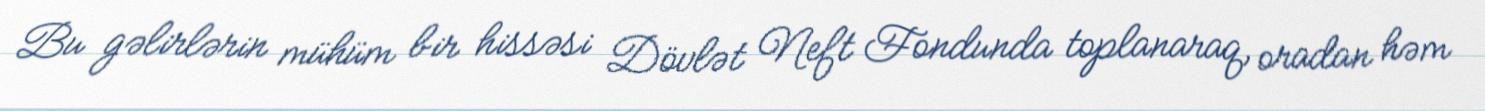
Bu gəlirlərin mühüm bir hissəsi Dövlət Neft Fondunda toplanaraq, oradan həm